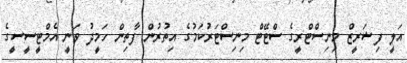
އަލީ ފިޝަރީޒް މިނިސްޓްރީގެ ސްޓޭޓް މިނިސްޓަރުކަމުގެ އިތުރުން ފާތިން ހަމީދު ވަނީ އެމްޓީސީސީގެ